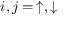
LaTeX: i , j = \, \uparrow , \downarrow